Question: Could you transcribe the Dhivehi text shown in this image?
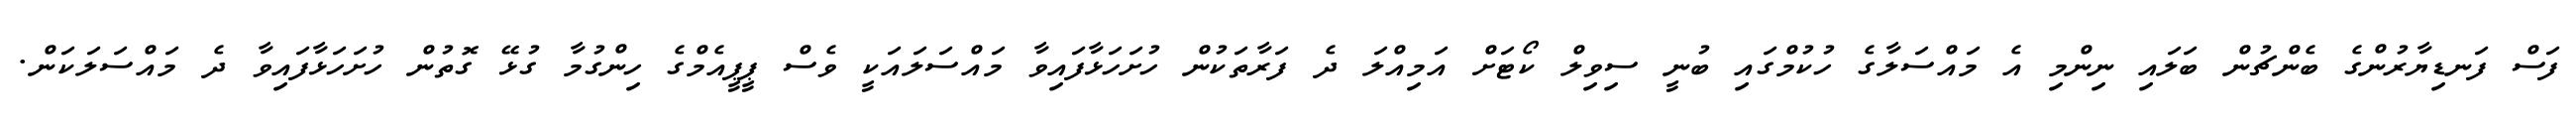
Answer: ފަސް ފަނޑިޔާރުންގެ ބެންޗުން ބަލައި ނިންމި އެ މައްސަލާގެ ހުކުމްގައި ބުނީ ސިވިލް ކޯޓަށް އަމިއްލަ ދެ ފަރާތަކުން ހުށަހަޅާފައިވާ މައްސަލައަކީ ވެސް ޕީޕީއެމްގެ ހިންގުމާ ގުޅޭ ގޮތުން ހުށަހަޅާފައިވާ ދެ މައްސަލަކަން.